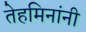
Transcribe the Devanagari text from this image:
तेहमिनांनी